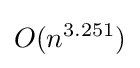
O(n^{3.251})